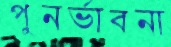
পুনর্ভাবনা